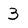
Character: 3